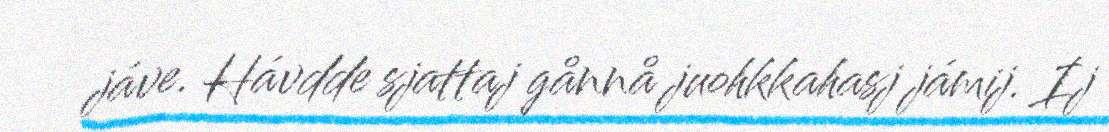
jáve. Hávdde sjattaj gånnå juohkkahasj jámij. Ij